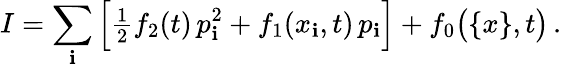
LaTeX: I=\sum_{\mathbf{i}}\Big[{\textstyle\frac{{1}}{{2}}}f_{2}(t)\, p_{\mathbf{i}}^{2}+f_{1}(x_{\mathbf{i}},t)\, p_{\mathbf{i}}\Big]+f_{0}\big(\{ x\} ,t\big)\, .